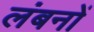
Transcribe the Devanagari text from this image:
लंबनों